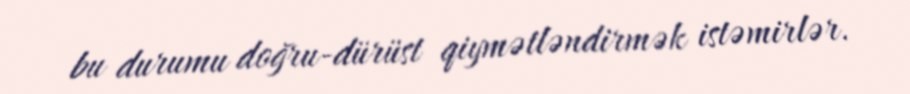
bu durumu doğru-dürüst qiymətləndirmək istəmirlər.